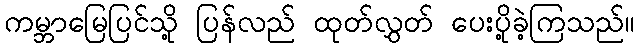
ကမ္ဘာမြေပြင်သို့ ပြန်လည် ထုတ်လွှတ် ပေးပို့ခဲ့ကြသည်။